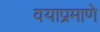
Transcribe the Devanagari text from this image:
वयाप्रमाणे